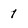
Character: 1